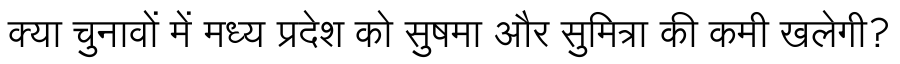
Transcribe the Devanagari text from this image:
क्या चुनावों में मध्य प्रदेश को सुषमा और सुमित्रा की कमी खलेगी?